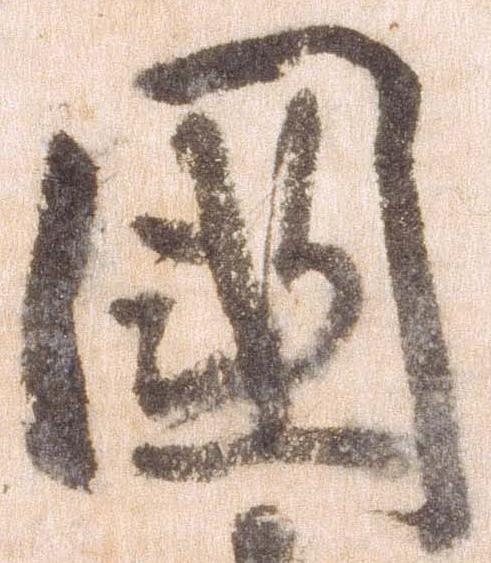
国